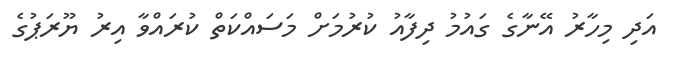
އަދި މިހާރު އޭނާގެ ގައުމު ދިފާއު ކުރުމަށް މަސައްކަތް ކުރައްވާ އިރު ޔޫރަޕުގެ